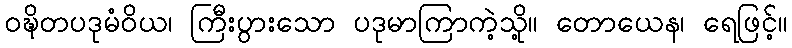
ဝဍ္ဎိတပဒုမံဝိယ၊ ကြီးပွားသော ပဒုမာကြာကဲ့သို့။ တောယေန၊ ရေဖြင့်။